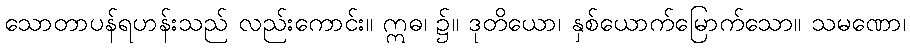
သောတာပန်ရဟန်းသည် လည်းကောင်း။ ဣဓ၊ ၌။ ဒုတိယော၊ နှစ်ယောက်မြောက်သော။ သမဏော၊